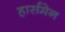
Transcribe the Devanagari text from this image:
हार्समेन